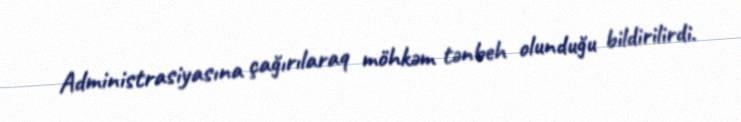
Administrasiyasına çağırılaraq möhkəm tənbeh olunduğu bildirilirdi.